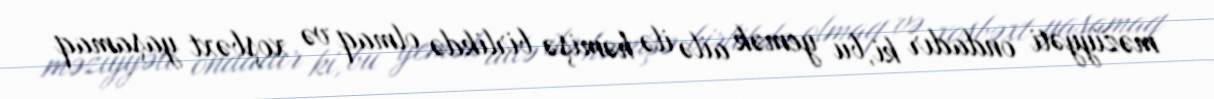
məziyyəti ondadır ki, bu yemək ailə ilə həmişə birlikdə olmaq və xoşbəxt yaşamaq